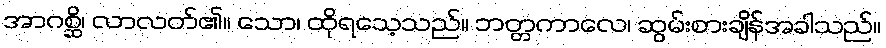
အာဂစ္ဆိ၊ လာလတ်၏။ သော၊ ထိုရသေ့သည်။ ဘတ္တကာလေ၊ ဆွမ်းစားချိန်အခါသည်။